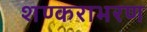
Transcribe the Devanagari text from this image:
शण्कराभरण